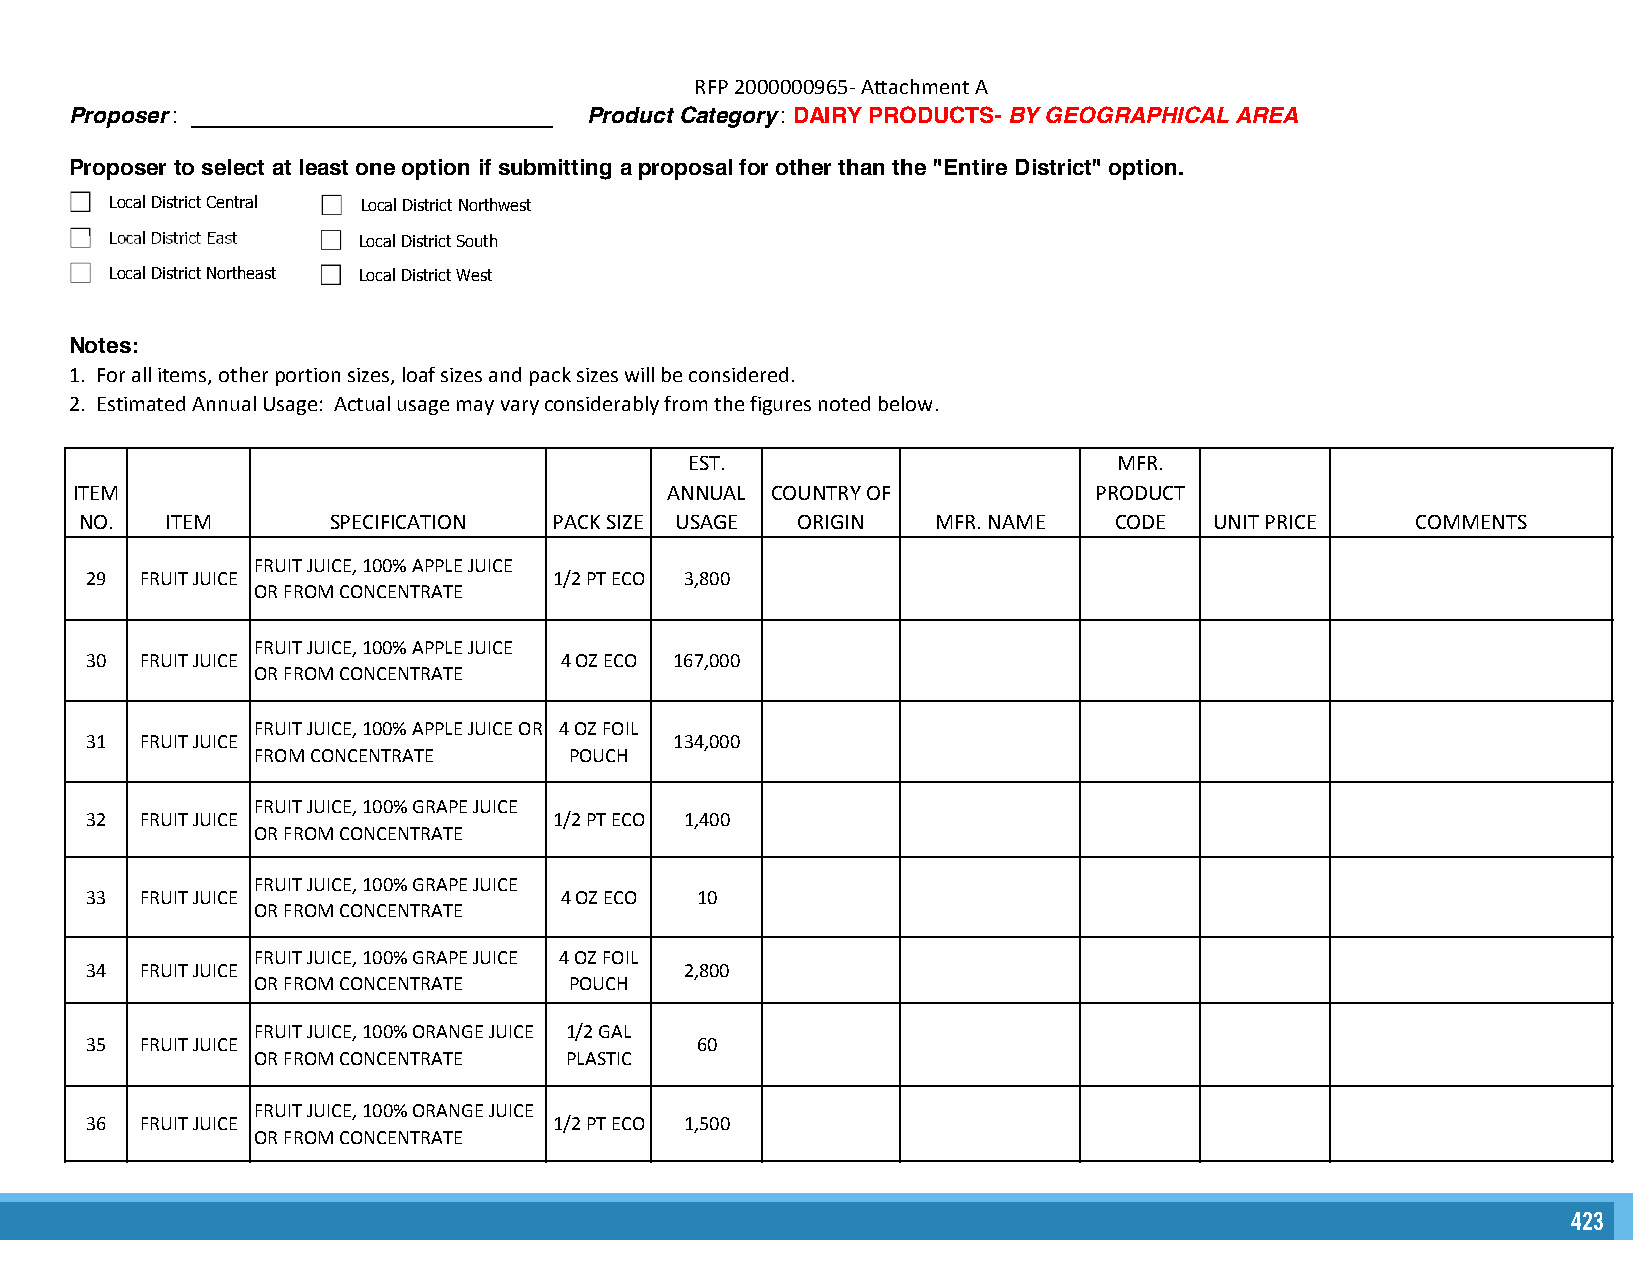
RFP 2000000965- Attachment A
 Proposer : _____________________________ Product Category : DAIRY PRODUCTS- BY GEOGRAPHICAL AREA
 Proposer to select at least one option if submitting a proposal for other than the "Entire District" option.
 Local District Central Local District Northwest
 Local District East Local District South
 Local District Northeast Local District West
 Notes:
 1. For all items, other portion sizes, loaf sizes and pack sizes will be considered.
 2. Estimated Annual Usage: Actual usage may vary considerably from the figures noted below.
 EST.                        MFR.
 ITEM                                   ANNUAL COUNTRY OF           PRODUCT
 NO.   ITEM       SPECIFICATION  PACK SIZE USAGE ORIGIN   MFR. NAME   CODE  UNIT PRICE    COMMENTS
 FRUIT JUICE, 100% APPLE JUICE
 29 FRUIT JUICE                 1/2 PT ECO 3,800
 OR FROM CONCENTRATE
 FRUIT JUICE, 100% APPLE JUICE
 30 FRUIT JUICE                 4 OZ ECO 167,000
 OR FROM CONCENTRATE
 FRUIT JUICE, 100% APPLE JUICE OR 4 OZ FOIL
 31 FRUIT JUICE                         134,000
 FROM CONCENTRATE     POUCH
 FRUIT JUICE, 100% GRAPE JUICE
 32 FRUIT JUICE                 1/2 PT ECO 1,400
 OR FROM CONCENTRATE
 FRUIT JUICE, 100% GRAPE JUICE
 33 FRUIT JUICE                 4 OZ ECO 10
 OR FROM CONCENTRATE
 FRUIT JUICE, 100% GRAPE JUICE 4 OZ FOIL
 34 FRUIT JUICE                         2,800
 OR FROM CONCENTRATE  POUCH
 FRUIT JUICE, 100% ORANGE JUICE 1/2 GAL
 35 FRUIT JUICE                          60
 OR FROM CONCENTRATE PLASTIC
 FRUIT JUICE, 100% ORANGE JUICE
 36 FRUIT JUICE                 1/2 PT ECO 1,500
 OR FROM CONCENTRATE
 423